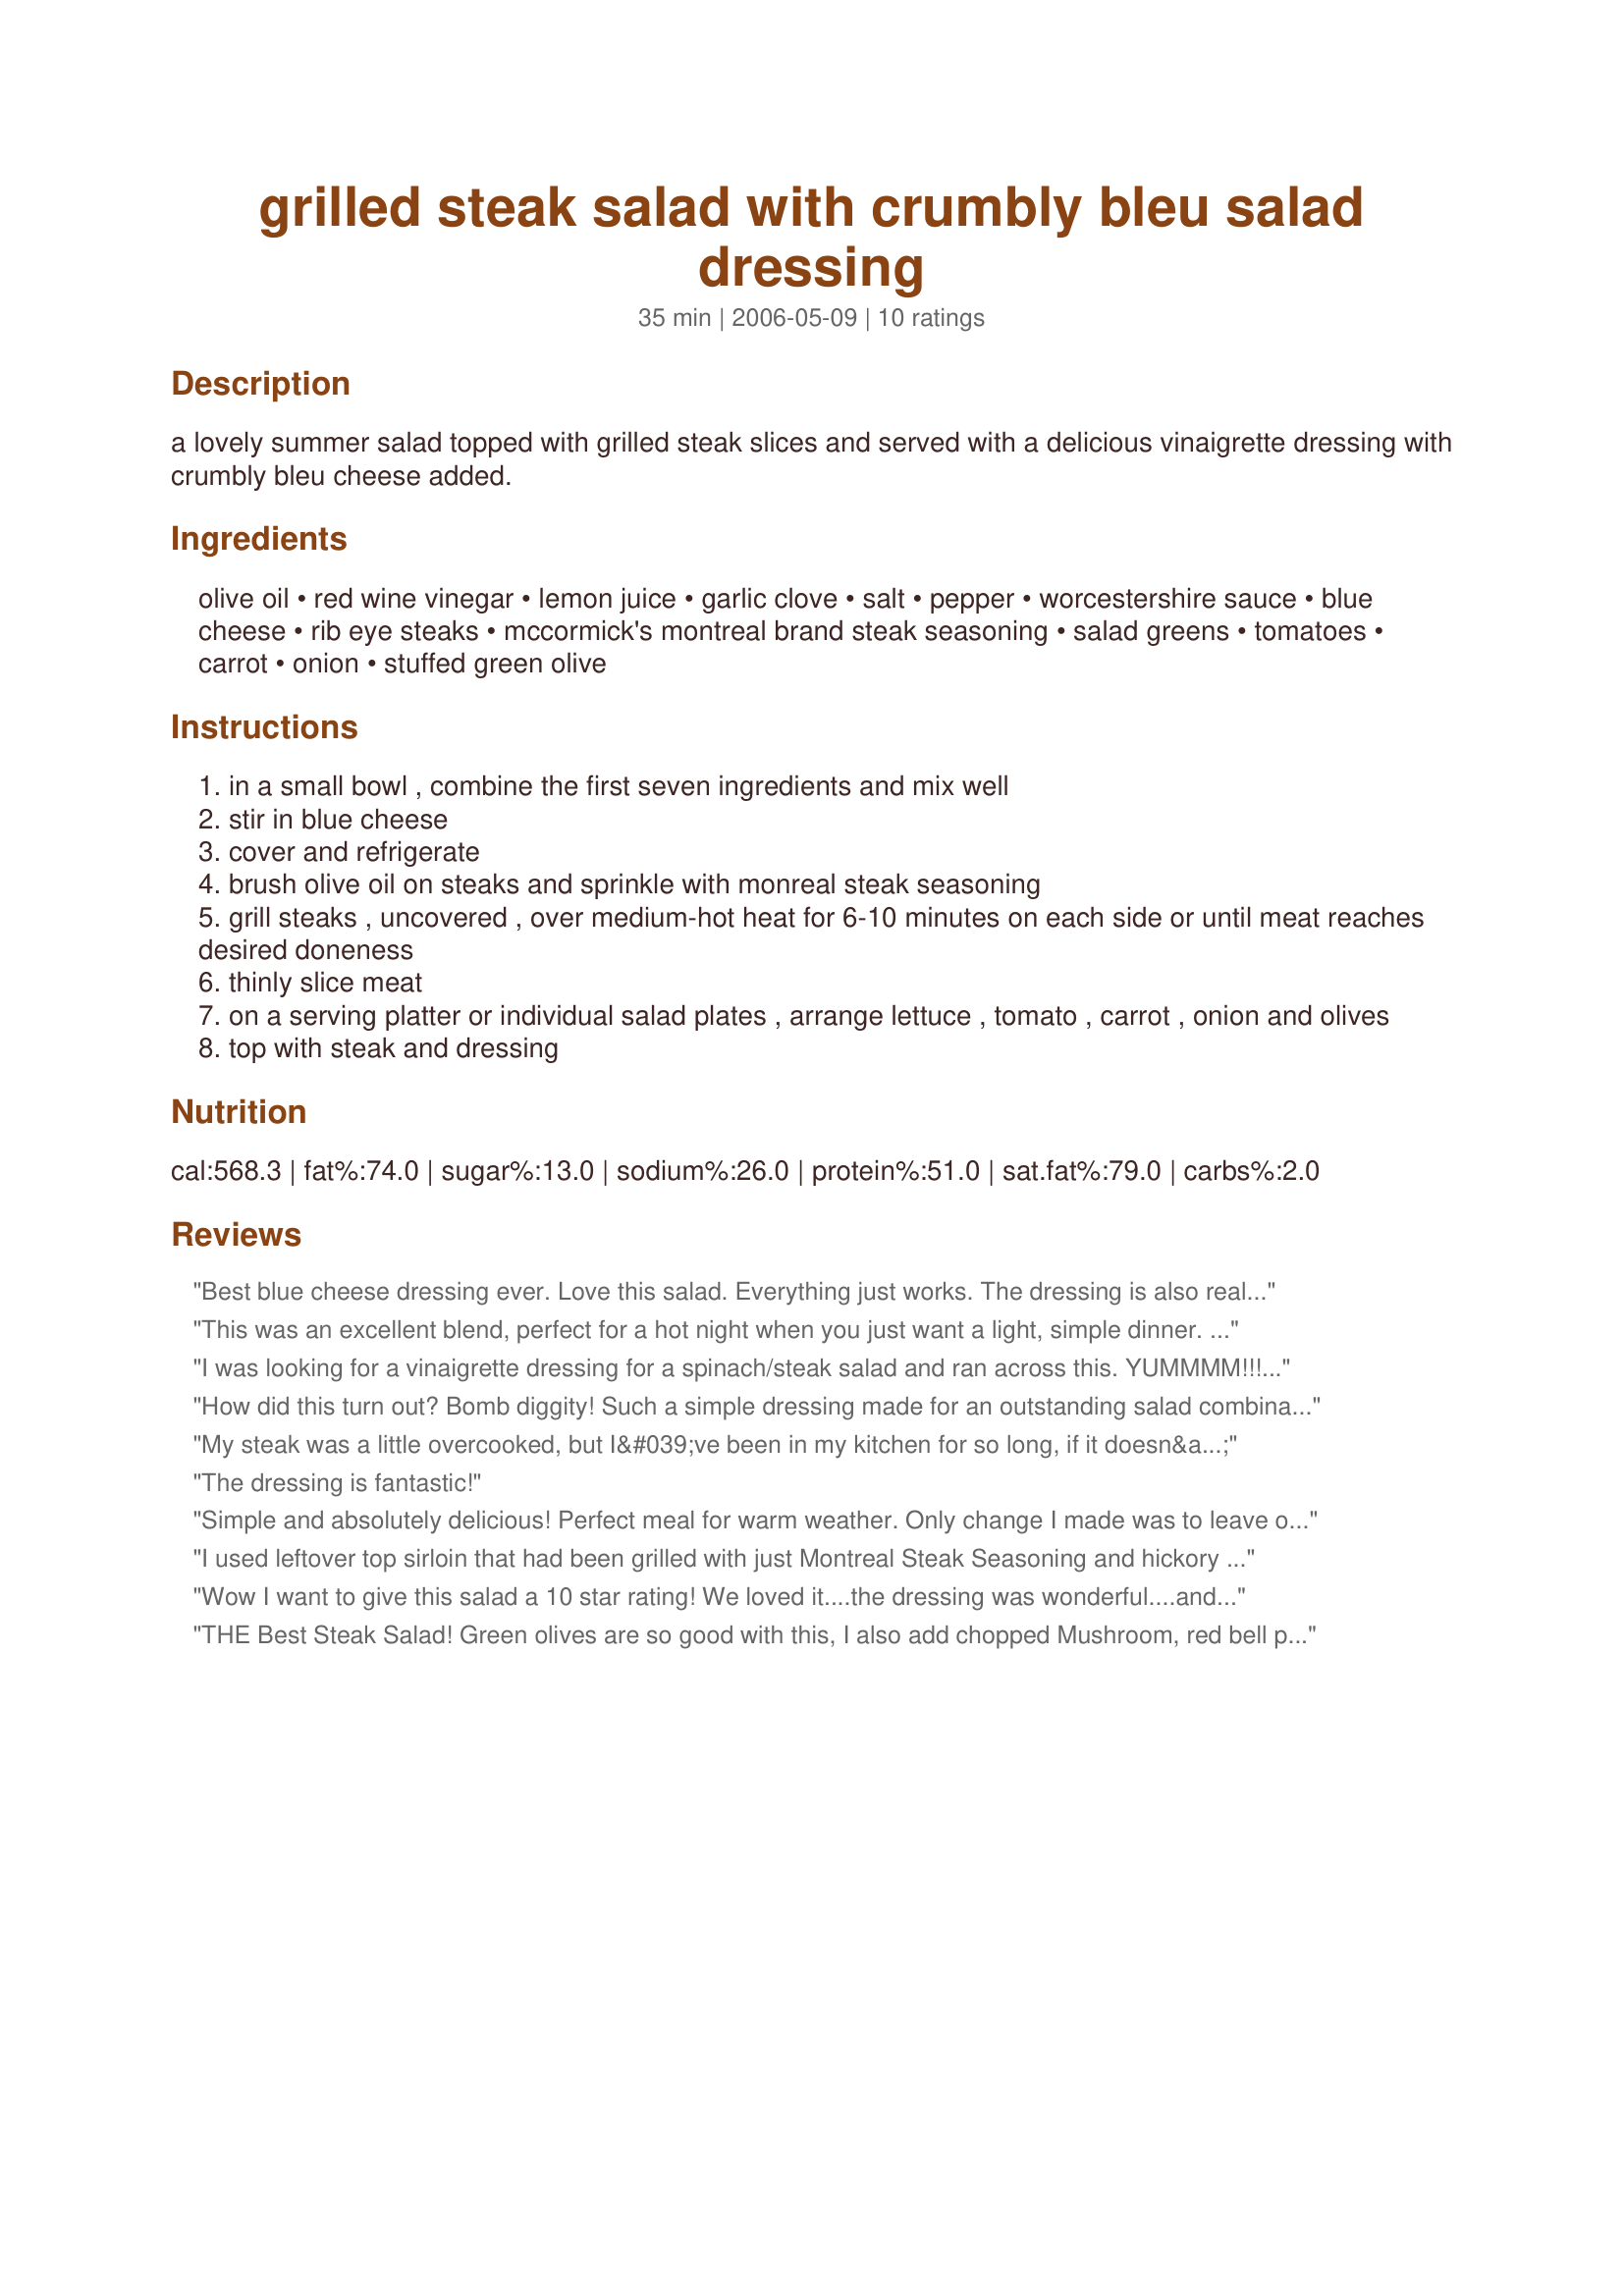
grilled steak salad with crumbly bleu salad dressing
Preparation time: 35 minutes

a lovely summer salad topped with grilled steak slices and served with a delicious vinaigrette dressing with crumbly bleu cheese added.

Ingredients:
olive oil, red wine vinegar, lemon juice, garlic clove, salt, pepper, worcestershire sauce, blue cheese, rib eye steaks, mccormick's montreal brand steak seasoning, salad greens, tomatoes, carrot, onion, stuffed green olive

Steps:
in a small bowl , combine the first seven ingredients and mix well
stir in blue cheese
cover and refrigerate
brush olive oil on steaks and sprinkle with monreal steak seasoning
grill steaks , uncovered , over medium-hot heat for 6-10 minutes on each side or until meat reaches desired doneness
thinly slice meat
on a serving platter or individual salad plates , arrange lettuce , tomato , carrot , onion and olives
top with steak and dressing

Reviews:
Best blue cheese dressing ever. Love this salad. Everything just works. The dressing is also really good over baked potatoe.
This was an excellent blend, perfect for a hot night when you just want a light, simple dinner. Made this for just my hubby and I (he loved it) but would also be a great choice for a summer dinner party, certain to impress. I used two tomatoes and instead of the carrot, onions and stuffed green olives I used sliver chopped cucumbers and thinly sliced red and yellow peppers, seemed to work well. Great recipe Marie - cheers!!
I was looking for a vinaigrette dressing for a spinach/steak salad and ran across this. YUMMMM!!!!!!!! I followed the ingredients for the dressing but substituted gorgonzola for blue cheese and it turned out soooooo good! Thanks so much!
How did this turn out? Bomb diggity! Such a simple dressing made for an outstanding salad combination. I used NY strip steaks and although I thought I had the Montreal seasoning, I didn't... love the Internet - I had all of the spices that make it up and this was a really excellent dinner. I will definitely make this again.
My steak was a little overcooked, but I&#039;ve been in my kitchen for so long, if it doesn&#039;t smell like fire, I ignore it. Great salad.
The dressing is fantastic!
Simple and absolutely delicious! Perfect meal for warm weather. Only change I made was to leave off the green olives. Thanks for sharing the recipe!
I used leftover top sirloin that had been grilled with just Montreal Steak Seasoning and hickory chips. Did not use olives due to personal preference. Loved the dressing. Next time I would sprinkle some additional blue cheese on the salad or do that instead of adding it to the dressing. I would definitely make this again. Thanks for sharing.
Wow I want to give this salad a 10 star rating! We loved it....the dressing was wonderful....and the salad was out of this world...I will be putting this in my favorite recipes...
THE Best Steak Salad! Green olives are so good with this, I also add chopped Mushroom, red bell pepper and a fried slice of bacon. Thank you for posting!
